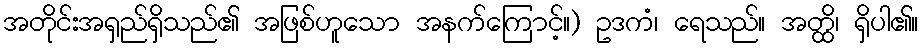
အတိုင်းအရှည်ရှိသည်၏ အဖြစ်ဟူသော အနက်ကြောင့်။) ဥဒကံ၊ ရေသည်။ အတ္ထိ၊ ရှိပါ၏။